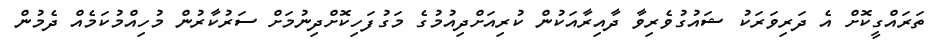
ތަރައްގީކޮށް އެ ދަރިވަރަކު ޝައުގުވެރިވާ ދާއިރާއަކުން ކުރިއަށްދިއުމުގެ މަގުފަހިކޮށްދިނުމަށް ސަރުކާރުން މުހިއްމުކަމެއް ދެމުން